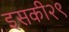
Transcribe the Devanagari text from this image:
इसकी२९